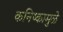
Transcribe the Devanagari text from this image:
कनिष्कामुळे